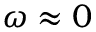
\omega \approx 0